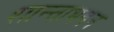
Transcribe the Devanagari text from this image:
शान्ताभवन